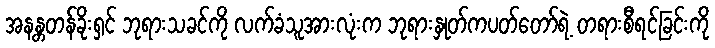
အနန္တတန်ခိုးရှင် ဘုရားသခင်ကို လက်ခံသူအားလုံးက ဘုရားနှုတ်ကပတ်တော်ရဲ့ တရားစီရင်ခြင်းကို